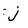
Character: j